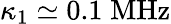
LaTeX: \kappa_{1}\simeq 0.1\; \mathrm{MHz}